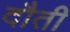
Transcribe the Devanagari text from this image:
दौती